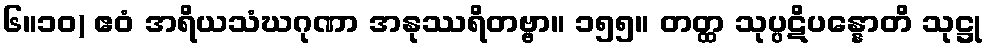
၆။၁၀) ဧဝံ အရိယသံဃဂုဏာ အနုဿရိတဗ္ဗာ။ ၁၅၅။ တတ္ထ သုပ္ပဋိပန္နောတိ သုဋ္ဌု